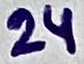
Text: 24